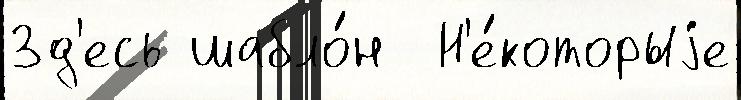
Зд'есь шабло́н  Н'е́которыjе